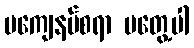
မကျေနပ်စရာ မတွေ့ပါ